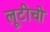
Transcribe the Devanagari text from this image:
लूटीची